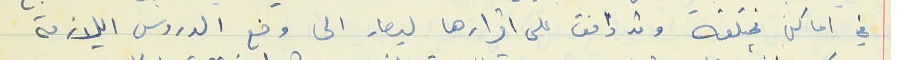
في اماكن مختلقه وقد وافق على اقرارها ليصار الى وضع الدروس اللازمة